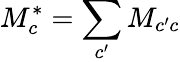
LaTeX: {M}_{c}^{*}=\sum_{c^{\prime}}{M}_{c^{\prime}c}